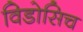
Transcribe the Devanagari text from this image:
विडोसिच